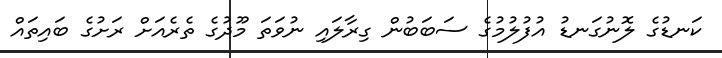
ކަނޑުގެ ލޮނުގަނޑު އުފުލުމުގެ ސަބަބުން ގިރާލައި ނުވަތަ މޫދުގެ ތެރެއަށް ރަށުގެ ބައިތައް